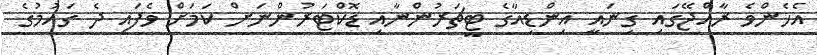
އެހެންވެ ރާއްޖޭގައި ގިނައީ އިންޑިއާގެ ޓީޗަރުންނާއި ޑޮކްޓަރުންނަށް ކަމަށް ވެފައި ދެ ގައުމުގެ